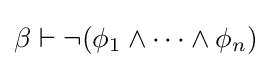
\beta \vdash \neg (\phi _{1}\wedge \dots \wedge \phi _{n})